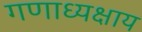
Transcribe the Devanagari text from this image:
गणाध्यक्षाय